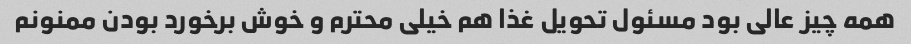
همه چیز عالی بود مسئول تحویل غذا هم خیلی محترم و خوش برخورد بودن ممنونم